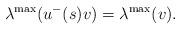
LaTeX: \begin{align*} \lambda^{\max}(u^{-}(s)v)=\lambda^{\max}(v).\end{align*}